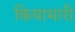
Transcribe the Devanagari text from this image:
कियामारी